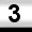
Digit: 3